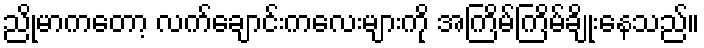
ညိုမာကတော့ လက်ချောင်းကလေးများကို အကြိမ်ကြိမ်ချိုးနေသည်။